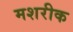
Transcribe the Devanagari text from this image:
मशरीक